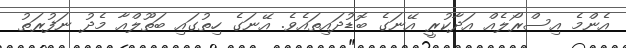
އެންމެ އިސްރޯލެއް އަދާކުރީ އޭނަގެ ބޮޑުދައިތައެވެ. އޭނަގެ ހިތުގައި ބަތޫލްއާ މެދު ނަފުރަތު